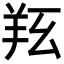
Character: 𦍝